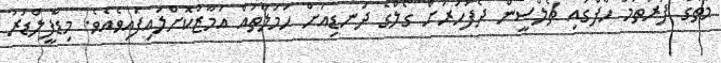
މެޗުގެ ފުރަތަމަ ހާފްގައި ޗެލްސީން ދެފަހަރަށް ގޯލްގެ ދަނޑިއަށް ހަމަލާތައް އަމާޒުކޮށްލައިފައިވެއެވެ. މިޑްފީލްޑަރު